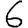
Digit: 6